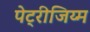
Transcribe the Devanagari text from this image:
पेट्रीजिय्म